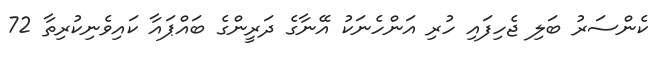
ކެންސަރު ބަލި ޖެހިފައި ހުރި އަންހެނަކު އޭނާގެ ދަރީންގެ ބައްޕައާ ކައިވެނިކުރިތާ 72